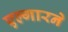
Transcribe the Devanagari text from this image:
एल्गारने